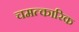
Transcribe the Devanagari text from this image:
चमत्‍कारिक